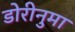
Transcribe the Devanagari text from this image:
डोरीनुमा